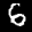
Label: 6